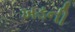
ખડની